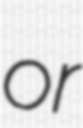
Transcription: or